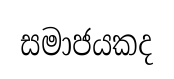
සමාජයකද